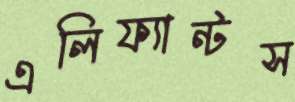
এলিফ্যান্টস